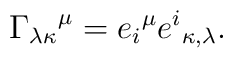
{\Gamma_{\lambda\kappa}}^{\mu} = {e_i}^\mu  {e^i}_{\kappa ,\lambda}.